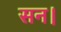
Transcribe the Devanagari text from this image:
सन।